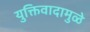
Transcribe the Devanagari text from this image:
युक्तिवादामुळे